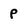
Character: p